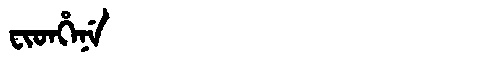
Manchu: ᠸᡳᡨᡥᡝᠨᡝ
Romanization: FITHENE